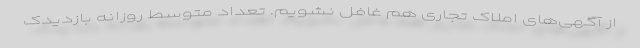
از آگهی‌های املاک تجاری هم غافل نشویم. تعداد متوسط روزانه بازدیدک